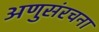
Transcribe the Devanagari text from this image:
अणुसंरचना